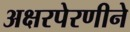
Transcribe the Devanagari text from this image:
अक्षरपेरणीने